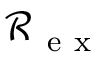
\mathcal R _ { \mathrm { ~ e ~ x ~ } }